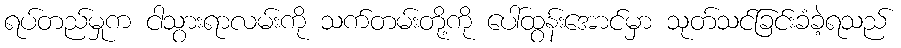
ရပ်တည်မှုက ငါသွားရာလမ်းကို သက်တမ်းတို့ကို ပေါ်ထွန်းအောင်မှာ သုတ်သင်ခြင်းခံခဲ့ရသည်